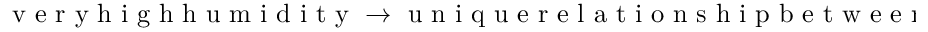
\mathrm { ~ v ~ e ~ r ~ y ~ h ~ i ~ g ~ h ~ h ~ u ~ m ~ i ~ d ~ i ~ t ~ y ~ } \rightarrow \mathrm { ~ u ~ n ~ i ~ q ~ u ~ e ~ r ~ e ~ l ~ a ~ t ~ i ~ o ~ n ~ s ~ h ~ i ~ p ~ b ~ e ~ t ~ w ~ e ~ e ~ n ~ } T \mathrm { ~ a ~ n ~ d ~ } p \rightarrow \mathrm { ~ l ~ o ~ w ~ c ~ o ~ n ~ v ~ e ~ c ~ t ~ i ~ v ~ e ~ v ~ i ~ g ~ o ~ r ~ } .